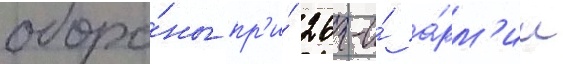
оборо́ны пр'и́ 26-и́ а́рм'ии